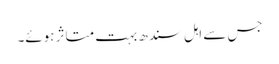
جس سے اہل سندھ بہت متاثر ہوئے۔